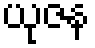
ယုဇန